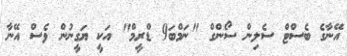
އޭނާގެ ބެސްޓް ސެލިން ސޯންގް "ނަމްބަ9 ޑްރީމް" އަކީ ޔަގީނުން ވެސް އޭނާ